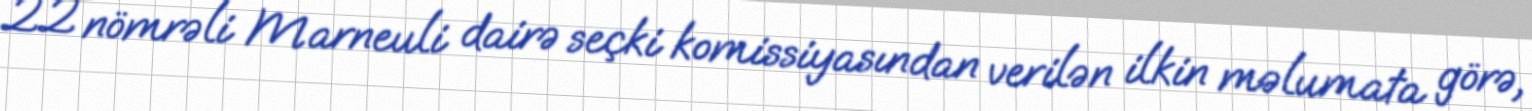
22 nömrəli Marneuli dairə seçki komissiyasından verilən ilkin məlumata görə,